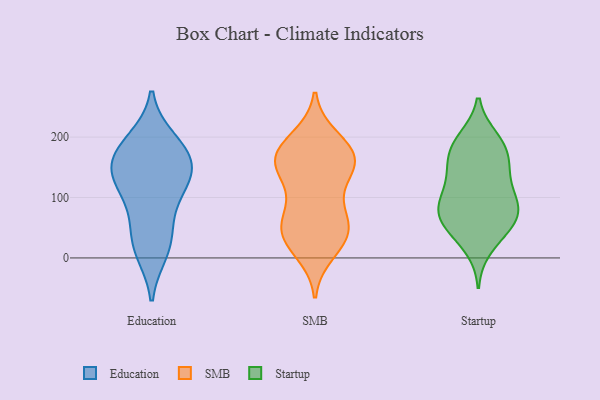
{"axis": {"x": "Bounce Rate (%)", "y": "Value"}, "legend": ["Education", "SMB", "Startup"], "data": [{"x": "", "y": 127, "type": "Education"}, {"x": "", "y": 20, "type": "Education"}, {"x": "", "y": 119, "type": "Education"}, {"x": "", "y": 194, "type": "Education"}, {"x": "", "y": 45, "type": "Education"}, {"x": "", "y": 175, "type": "Education"}, {"x": "", "y": 158, "type": "Education"}, {"x": "", "y": 184, "type": "Education"}, {"x": "", "y": 84, "type": "Education"}, {"x": "", "y": 145, "type": "Education"}, {"x": "", "y": 140, "type": "Education"}, {"x": "", "y": 11, "type": "Education"}, {"x": "", "y": 175, "type": "SMB"}, {"x": "", "y": 85, "type": "SMB"}, {"x": "", "y": 151, "type": "SMB"}, {"x": "", "y": 47, "type": "SMB"}, {"x": "", "y": 172, "type": "SMB"}, {"x": "", "y": 197, "type": "SMB"}, {"x": "", "y": 155, "type": "SMB"}, {"x": "", "y": 134, "type": "SMB"}, {"x": "", "y": 34, "type": "SMB"}, {"x": "", "y": 182, "type": "SMB"}, {"x": "", "y": 163, "type": "SMB"}, {"x": "", "y": 11, "type": "SMB"}, {"x": "", "y": 56, "type": "SMB"}, {"x": "", "y": 34, "type": "SMB"}, {"x": "", "y": 149, "type": "SMB"}, {"x": "", "y": 75, "type": "SMB"}, {"x": "", "y": 39, "type": "SMB"}, {"x": "", "y": 98, "type": "Startup"}, {"x": "", "y": 99, "type": "Startup"}, {"x": "", "y": 135, "type": "Startup"}, {"x": "", "y": 68, "type": "Startup"}, {"x": "", "y": 198, "type": "Startup"}, {"x": "", "y": 195, "type": "Startup"}, {"x": "", "y": 180, "type": "Startup"}, {"x": "", "y": 50, "type": "Startup"}, {"x": "", "y": 88, "type": "Startup"}, {"x": "", "y": 66, "type": "Startup"}, {"x": "", "y": 186, "type": "Startup"}, {"x": "", "y": 44, "type": "Startup"}, {"x": "", "y": 149, "type": "Startup"}, {"x": "", "y": 96, "type": "Startup"}, {"x": "", "y": 16, "type": "Startup"}, {"x": "", "y": 153, "type": "Startup"}, {"x": "", "y": 55, "type": "Startup"}, {"x": "", "y": 150, "type": "Startup"}, {"x": "", "y": 83, "type": "Startup"}]}